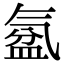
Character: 𣱦